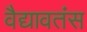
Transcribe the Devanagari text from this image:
वैद्यावतंस